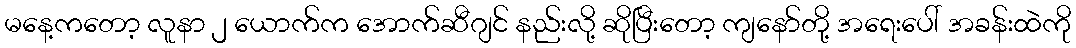
မနေ့ကတော့ လူနာ ၂ ယောက်က အောက်ဆီဂျင် နည်းလို့ ဆိုပြီးတော့ ကျနော်တို့ အရေးပေါ် အခန်းထဲကို